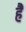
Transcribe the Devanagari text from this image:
हैं